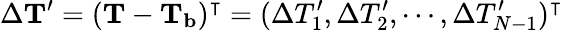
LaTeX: \Delta{\mathbf{T}^{\prime}}=({\mathbf{T}}-\mathbf{T_{b}})^{\intercal}=(\Delta T_{1}^{\prime},\Delta T_{2}^{\prime},\cdots,\Delta T_{N-1}^{\prime})^{\intercal}